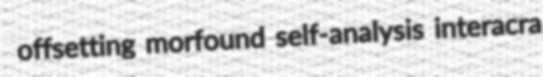
offsetting morfound self-analysis interacra